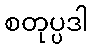
စတုပ္ပဒါ